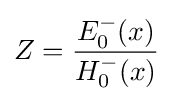
Z={E_{0}^{-}(x) \over H_{0}^{-}(x)}